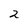
Character: 2